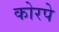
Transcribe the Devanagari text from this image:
कोरपे